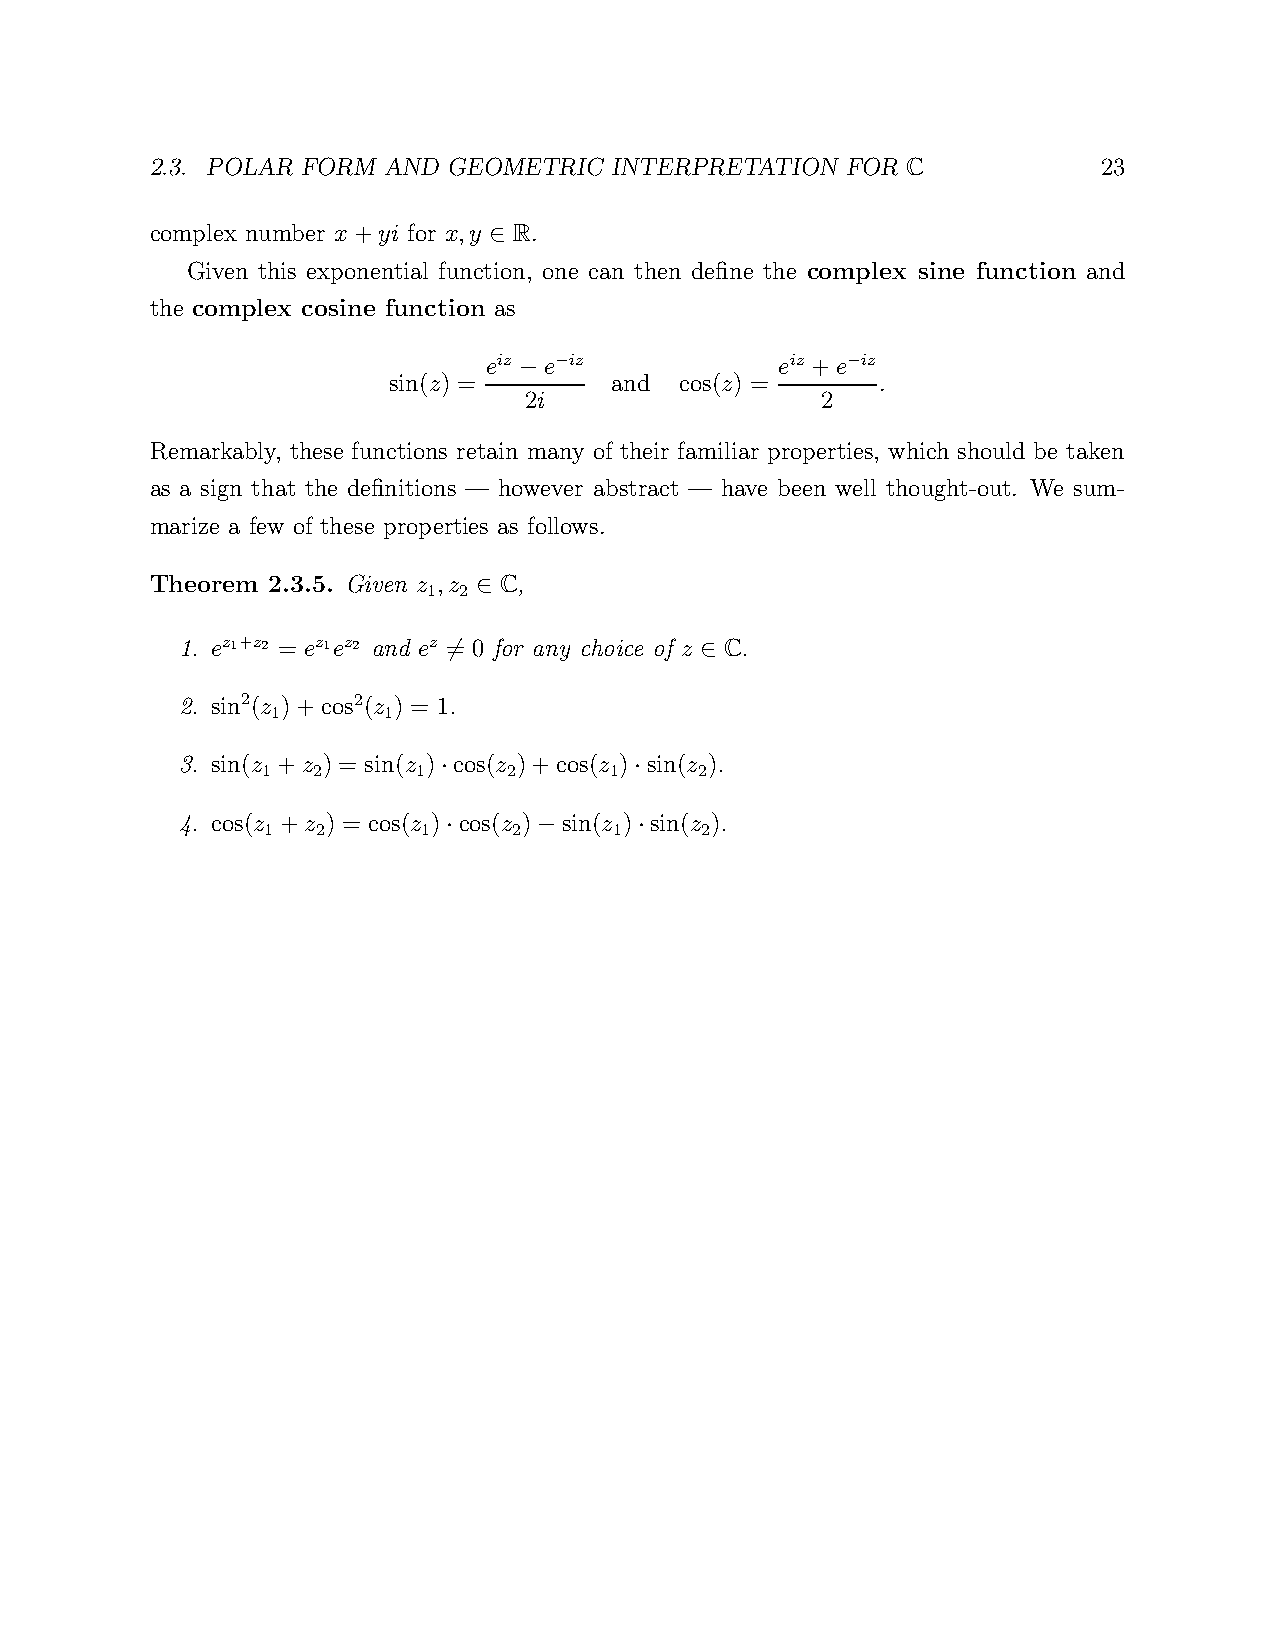
2.3. POLAR FORM AND GEOMETRIC  INTERPRETATION FOR C            23
 complex number x+yi for x,y R.
 ∈
 Given this exponential function, one can then define the complex sine function and
 the complex cosine function as
 eiz e iz            eiz +e iz
 −                  −
 sin(z) = −    and  cos(z) =     .
 2i                 2
 Remarkably, these functions retain many of their familiar properties, which should be taken
 as a sign that the definitions — however abstract — have been well thought-out. We sum-
 marize a few of these properties as follows.
 Theorem 2.3.5. Given z ,z C,
 1 2
 ∈
 1. ez1+z2 = ez1ez2 and ez = 0 for any choice of z C.
 6               ∈
 2. sin2(z )+cos2(z ) = 1.
 1      1
 3. sin(z +z ) = sin(z ) cos(z )+cos(z ) sin(z ).
 1   2      1     2     1     2
 ·            ·
 4. cos(z +z ) = cos(z ) cos(z ) sin(z ) sin(z ).
 1   2      1     2      1    2
 ·     −     ·